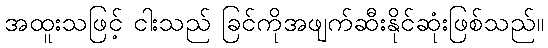
အထူးသဖြင့် ငါးသည် ခြင်ကိုအဖျက်ဆီးနိုင်ဆုံးဖြစ်သည်။